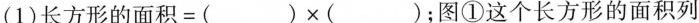
(1)长方形的面积=()×( )；图①这个长方形的面积列